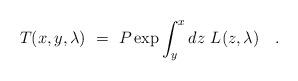
LaTeX: \begin{align*}T(x,y,\lambda)~=~P \exp \int_y^x dz~L(z,\lambda)~~~.\end{align*}